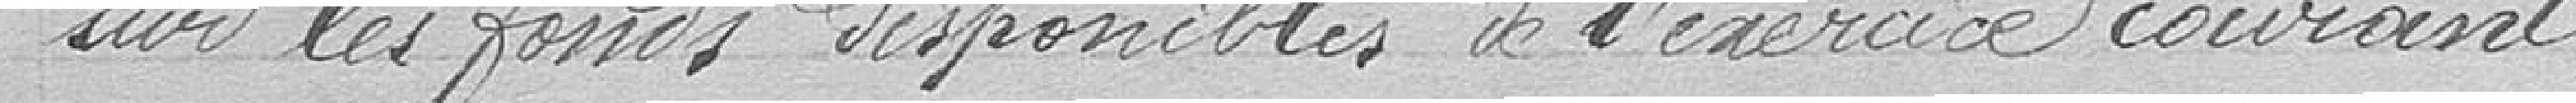
sur les fonds disponibles de l'exercice courant.